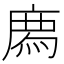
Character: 𢊁